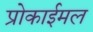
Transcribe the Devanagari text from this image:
प्रोकाईमल